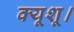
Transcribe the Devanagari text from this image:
क्यूशू।